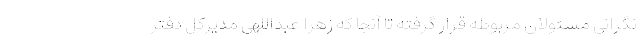
نگرانی مسئولان مربوطه قرار گرفته تا آنجا که زهرا عبداللهی مدیرکل دفتر